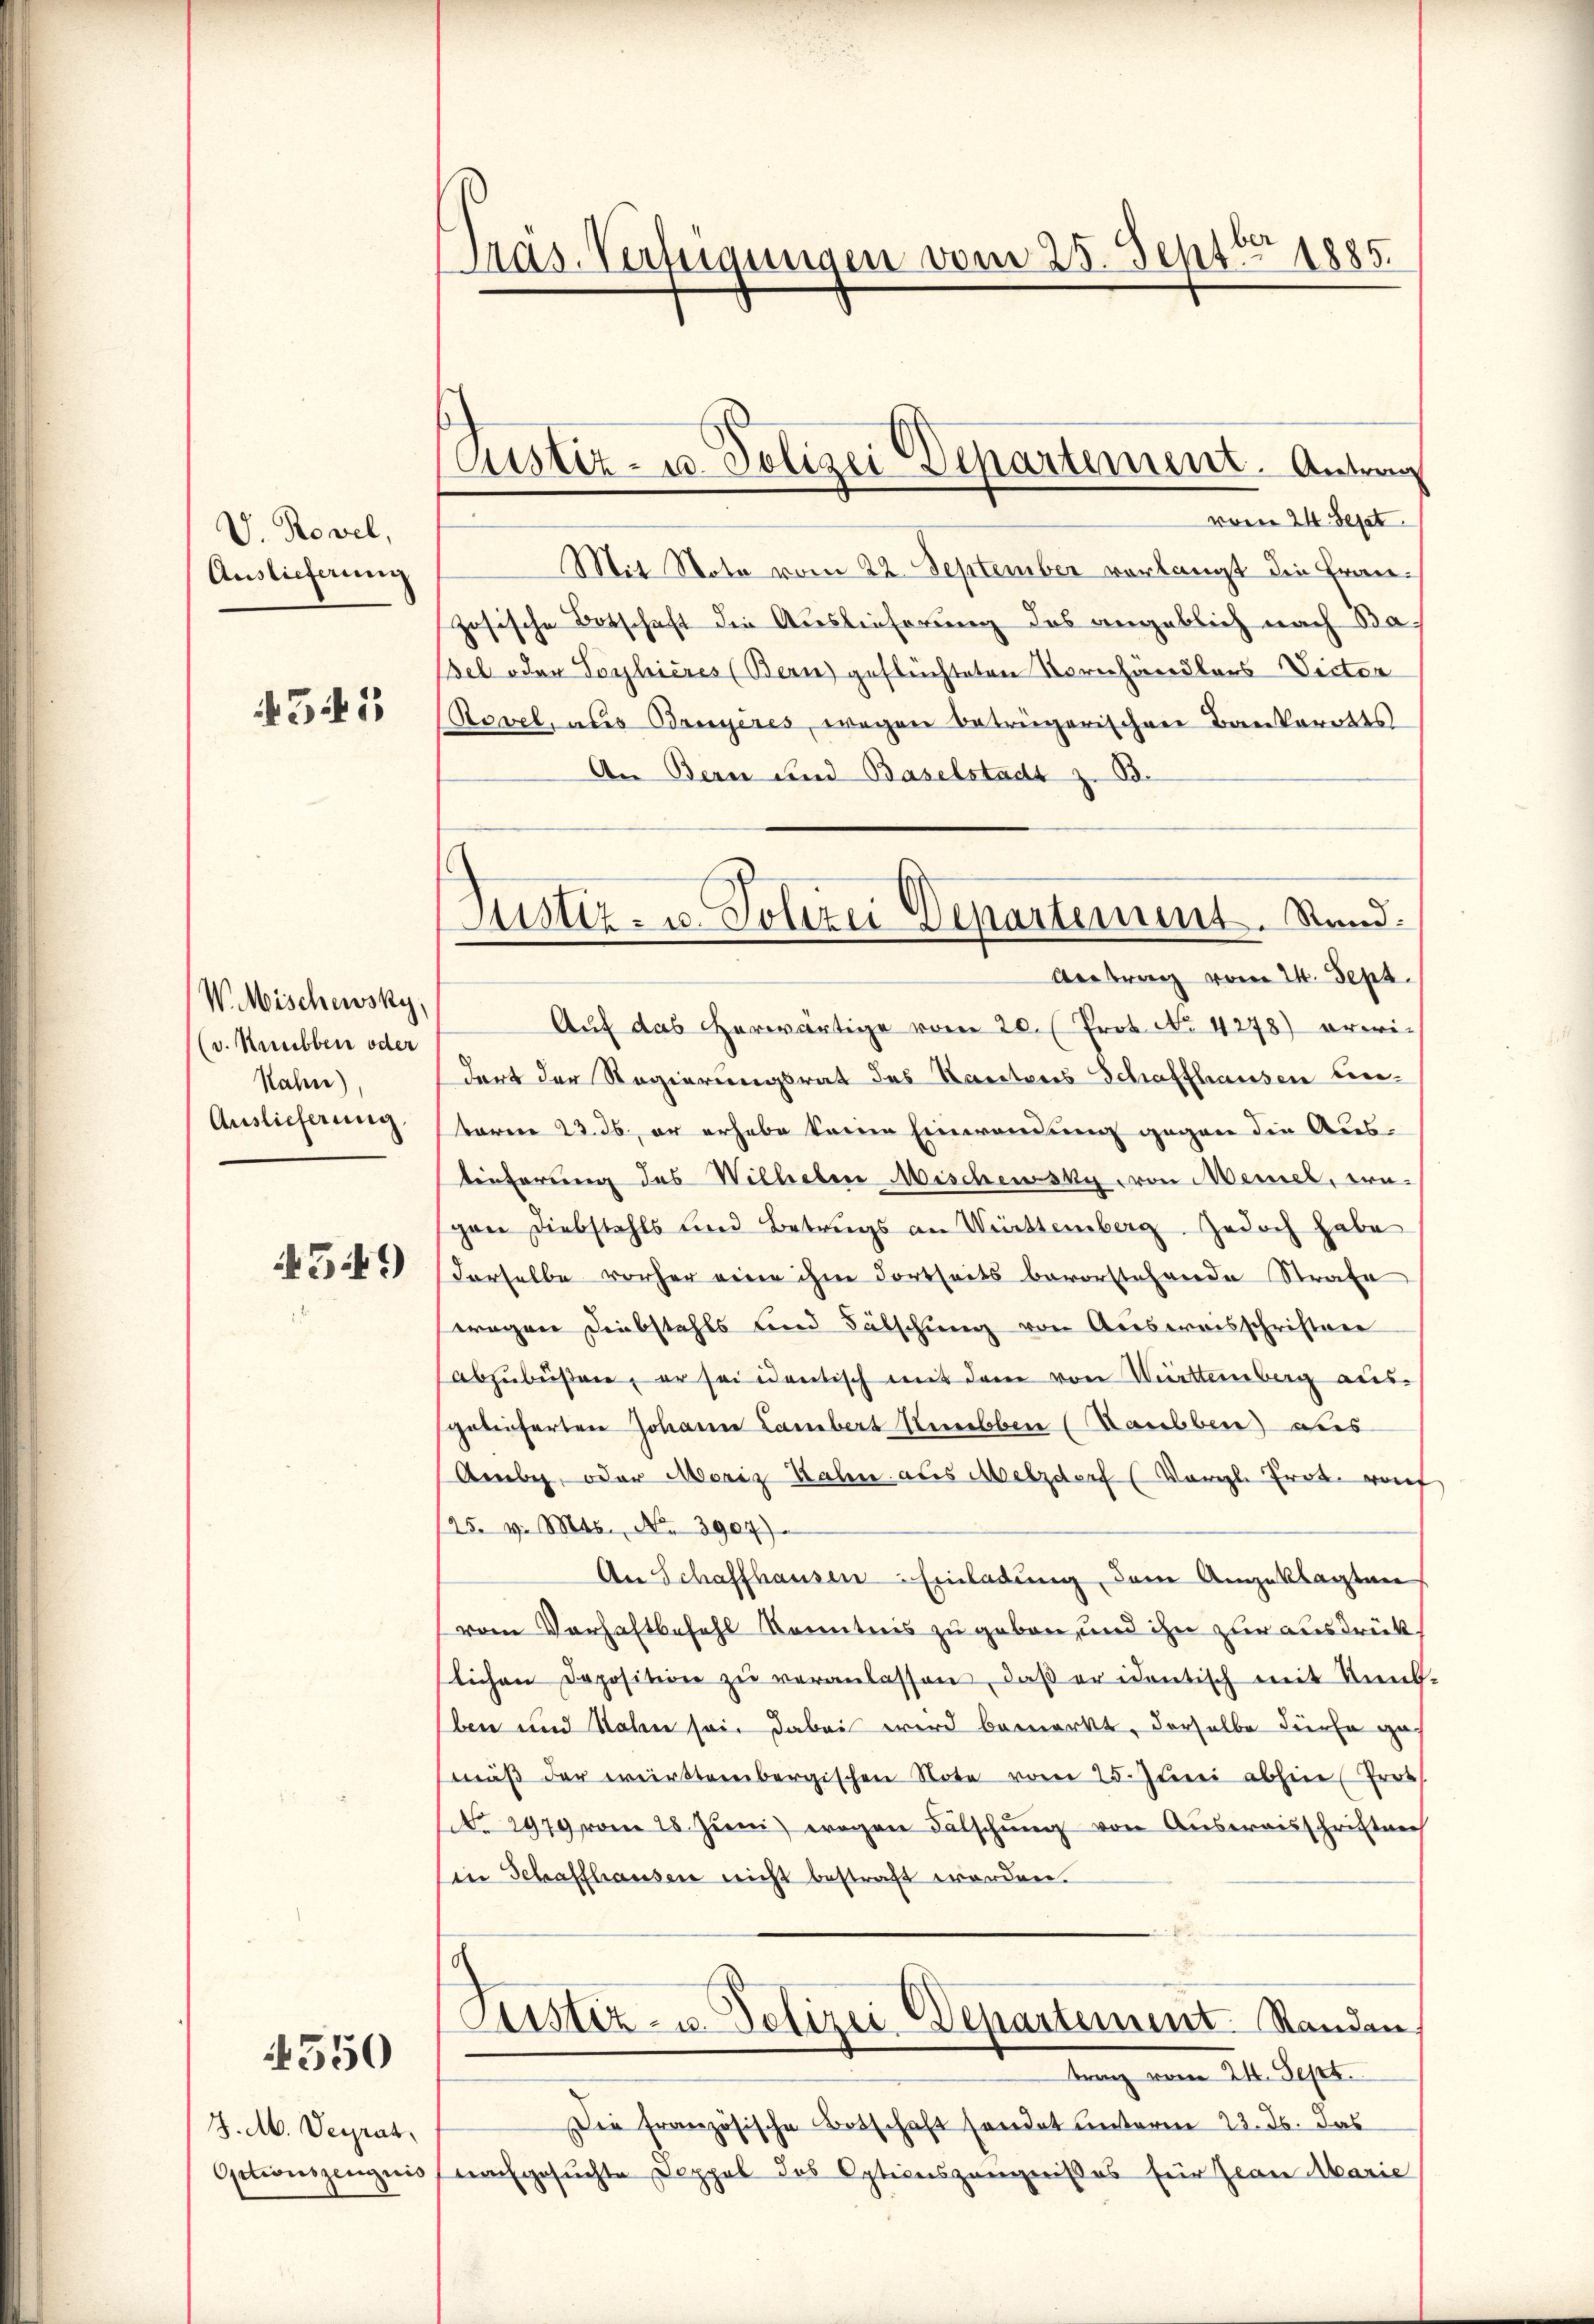
V. Rovel,
Auslieferung

451

WMischewsky,
(v. Neubben oder
Nahn)
Auslieferung.

549)

550

J. M. Veyrat,
Optionszeugnis

Pras-Verfügungen vom 25. Septbr 1885.

Custiz- u. Polizei Departement. Antrag

vom 24. Sept.
Mit Voto vom 22. September vorlangt die Französische Botschaft die Auslieferung des angeblich nach Bael oder Vorbières (Bern geflüchteten Vornhändlers Victor
Ravel, aus Bruyeres, wegen betrügerischen Bankerotts
An Bern und Baselstadt z. B.
Antrag vom 24. Sept.
Auf das herwärtige vom 20. (Prot. No. 4278) erwidort der Regierungsrat des Kantons Schaffhausen Einbaren 23. ds er erhabe keine Einwendung gegen die Aus-
tieferung des Wilhelm Mischewsky von Meiner, wegen Diebstahls und Betrugs an Württemberg. Jedoch habe
derselbe vorher eine ihm dortseits bevorstehende Strafe
wegen Diebstahls und Fälschung von Ausweisschriften
abzubüßen, er sei identisch mit dem von Württemberg aus-
gelieferten Johann Lambert Kielben (Haubben) aus
Amber, oder Moriz Zahn aus Melzdorf (Vergl. Tretrof
/25. v. Mts. No. 3904).
An Schaffhausen Einladung, dem Angeklagten
vom Verhaftbefehl Kenntnis zu geben, und ihn zur ausdrücklichen Deposition zŭ veranlassen, daβ er identisch mit Kund
ben und Nahen sein dabei wird bemerkt, derselbe dürfe ges
mäβ der württembergischen Note vom 25. Jŭni abhin (Prot
No 2979 vom 28. Jŭni) wegen Fälschŭng von Auseraisschriften
in Schaffhausen nicht bestraft worden.
Justiz- u. Polizei Departement. Standen.
Franz vom 24. Sept.
Die französische Botschaft sendet unterm 23. ds. das
nachgesuchte Doppel des Optionszeugnißes für Jean Marie

Justiz- u. Polizei Departement. Sand: